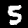
Digit: 5